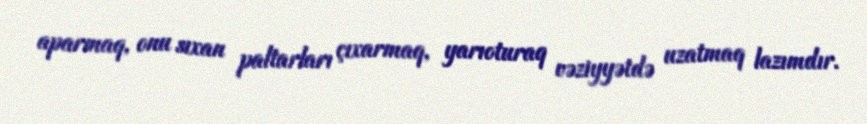
aparmaq, onu sıxan paltarları çıxarmaq, yarıoturaq vəziyyətdə uzatmaq lazımdır.